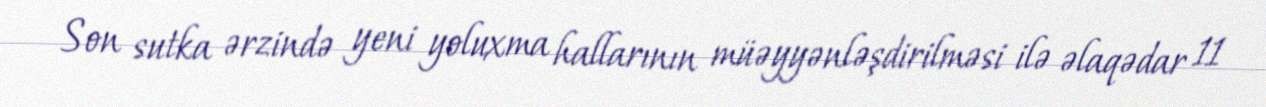
Son sutka ərzində yeni yoluxma hallarının müəyyənləşdirilməsi ilə əlaqədar 11